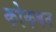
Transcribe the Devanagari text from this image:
कोकबन